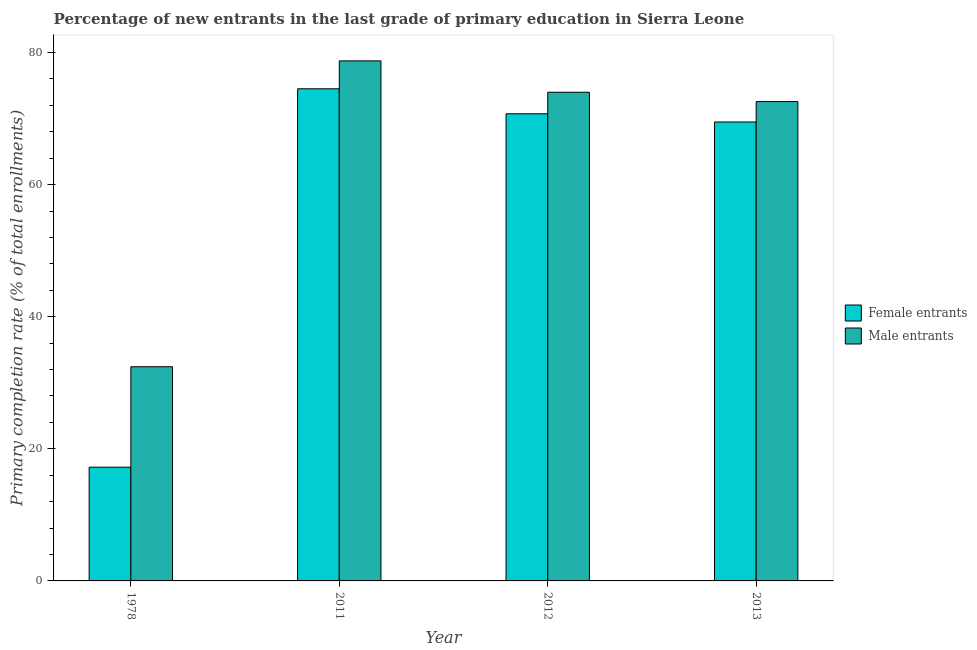
| Year | Female entrants | Male entrants |
 | --- | --- | --- |
 | 1978 | 17.2 | 32.4 |
 | 2011 | 74.5 | 78.7 |
 | 2012 | 70.7 | 74 |
 | 2013 | 69.5 | 72.6 |